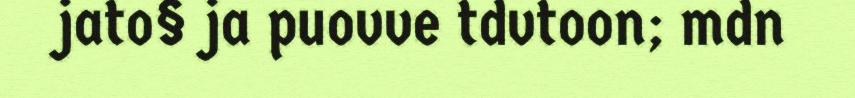
jato§ ja puovve tdvtoon; mdn